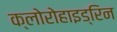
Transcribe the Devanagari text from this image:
क्लोरोहाइड्रिन